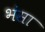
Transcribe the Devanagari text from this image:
भंसा